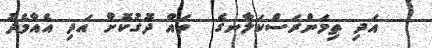
އަދި ތިމަންރަސްކަލާނގެ  ތައް ދޮގުކޮށް އަދި އެއާމެދު